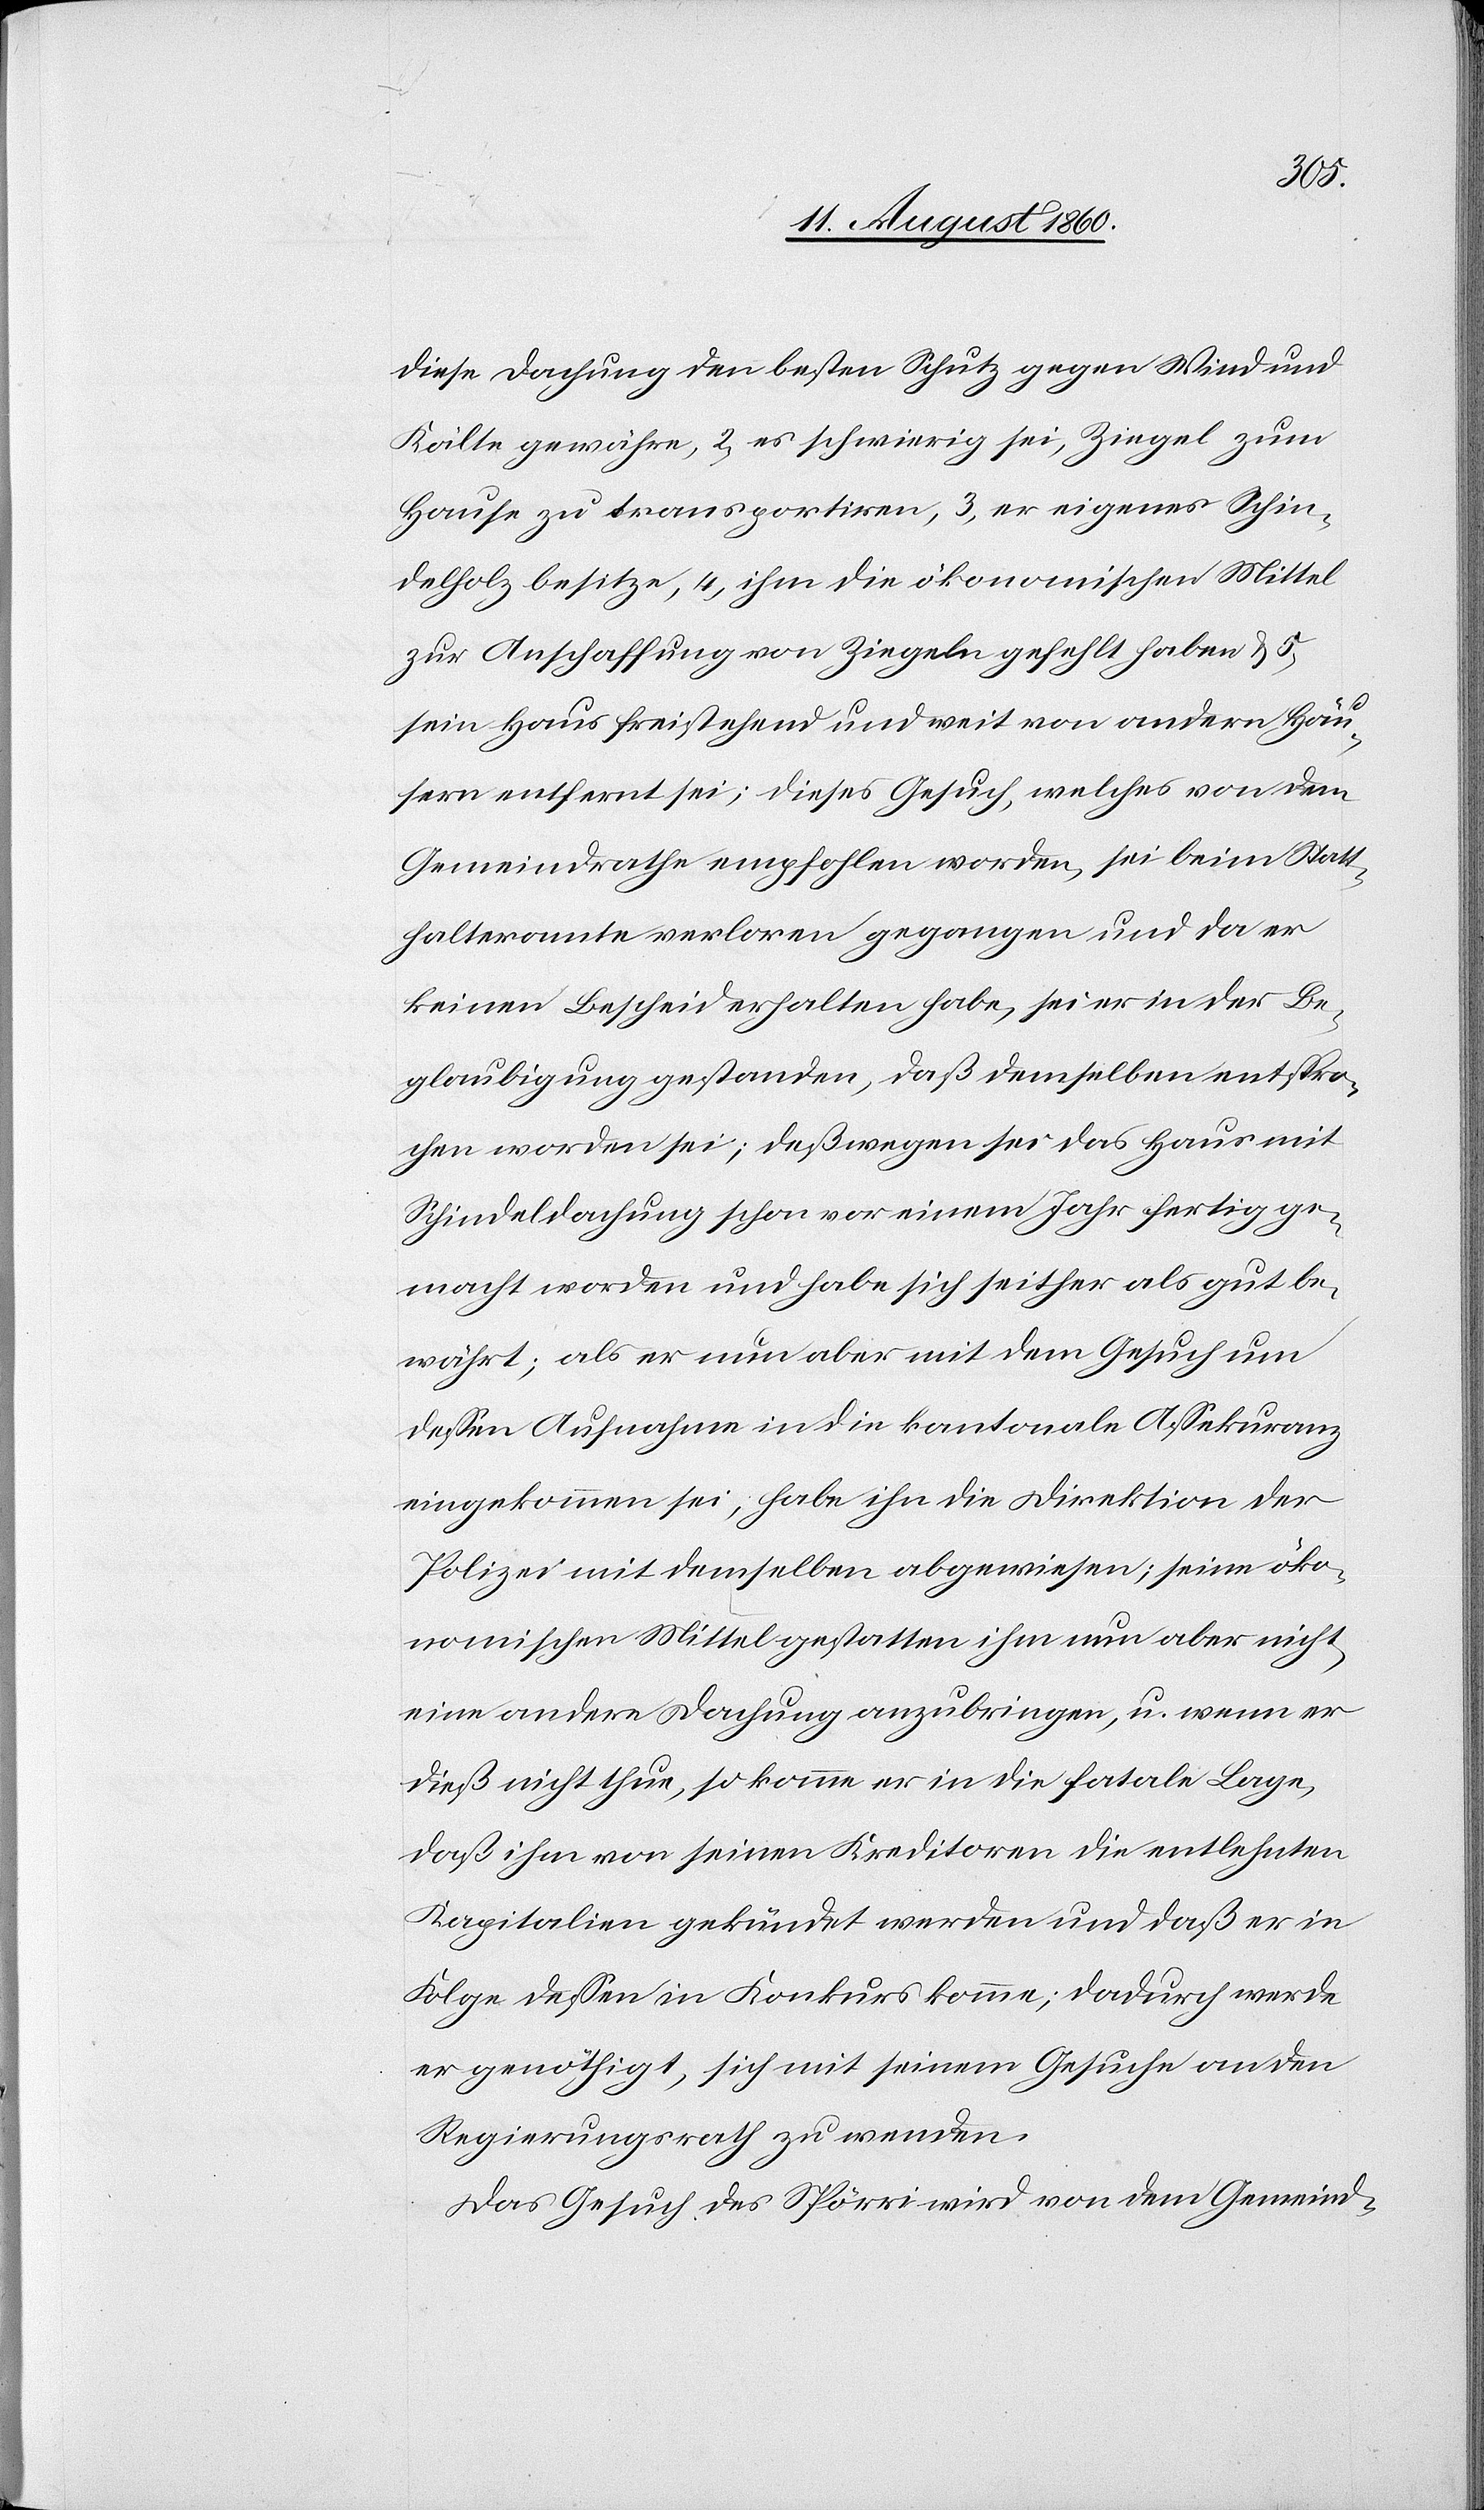
diese Dachung den besten Schutz gegen Wind und
Kälte gewähre, 2) es schwierig sei, Ziegel zum
Hause zu transportiren, 3) er eigenes Schin¬
delholz besitze, 4) ihm die oekonomischen Mittel
zur Anschaffung von Ziegeln gefehlt haben u. 5)
sein Haus freistehend und weit von andern Häu¬
sern entfernt sei; dieses Gesuch, welches von dem
Gemeindrathe empfohlen worden, sei beim Statt¬
halteramte verloren gegangen und da er
keinen Bescheid erhalten habe, sei er in der Be¬
glaubigung gestanden, dass demselben entspro¬
chen worden sei; deswegen sei das Haus mit
Schindeldachung schon vor einem Jahr fertig ge¬
macht worden und habe sich seither als gut be¬
währt, als er nun aber mit dem Gesuch um
dessen Aufnahme in die kantonale Assekuranz
eingekommen sei, habe ihn die Direktion der
Polizei mit demselben abgewiesen; seine öko¬
nomischen Mittel gestatten ihm nun aber nicht,
eine andere Dachung anzubringen und wann er
diess nicht thue, so komme er in die fatale Lage,
dass ihm von seinen Kreditoren die entlehnten
Capitalien gekündet werden und dass er in
Folge dessen in Konkurs komme; dadurch werde
er genöthigt, sich mit seinem Gesuche an den
Regierungsrath zu wenden.
Das Gesuch des Spörri wird dem Gemeind-